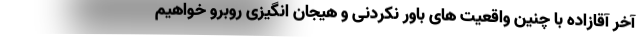
آخر آقازاده با چنین واقعیت های باور نکردنی و هیجان انگیزی روبرو خواهیم